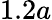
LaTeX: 1.2a